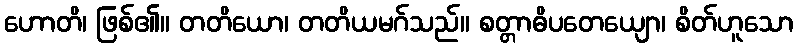
ဟောတိ၊ ဖြစ်၏။ တတိယော၊ တတိယမဂ်သည်။ စတ္တာဓိပတေယျော၊ စိတ်ဟူသော